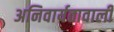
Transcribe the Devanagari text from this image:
अनिवार्यतावाली